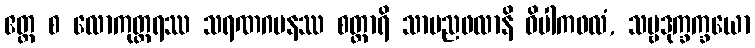
ဧတ္ထ စ လောကုတ္တရဿ သရဏဂမနဿ စတ္တာရိ သာမညဖလာနိ ဝိပါကဖလံ, သဗ္ဗဒုက္ခက္ခယော